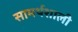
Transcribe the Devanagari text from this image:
सामर्थशाली